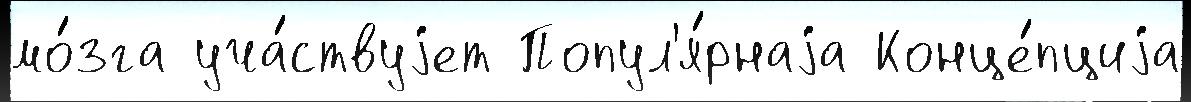
мо́зга уча́ствуjет Попул'я́рнаjа Конце́пциjа